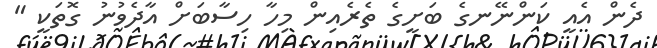
ދެން އެއީ ކަންނޭނގެ ބަށީގެ ތެރެއިން މިހާ ހިސާބަށް އާދެވުނު ގޮތަކީ "